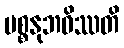
ပစ္စနုဘဝိဿတိ